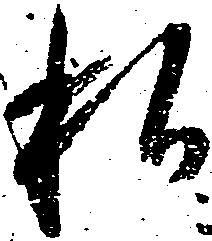
私